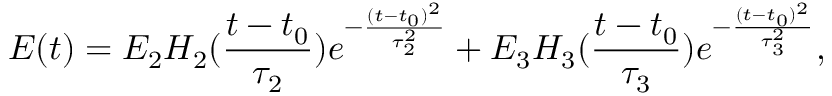
E ( t ) = E _ { 2 } H _ { 2 } ( \frac { t - t _ { 0 } } { \tau _ { 2 } } ) e ^ { - \frac { ( t - t _ { 0 } ) ^ { 2 } } { \tau _ { 2 } ^ { 2 } } } + E _ { 3 } H _ { 3 } ( \frac { t - t _ { 0 } } { \tau _ { 3 } } ) e ^ { - \frac { ( t - t _ { 0 } ) ^ { 2 } } { \tau _ { 3 } ^ { 2 } } } ,